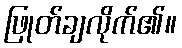
ဖြုတ်ချလိုက်၏။